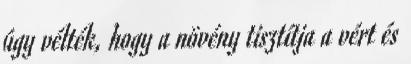
úgy vélték, hogy a növény tisztítja a vért és